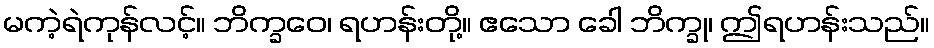
မကဲ့ရဲကုန်လင့်။ ဘိက္ခဝေ၊ ရဟန်းတို့။ ဧသော ခေါ ဘိက္ခု၊ ဤရဟန်းသည်။